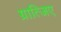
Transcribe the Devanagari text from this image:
ग्रात्जिए